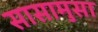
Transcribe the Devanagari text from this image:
सासामुसा